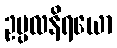
ဥပ္ပလနိရယော